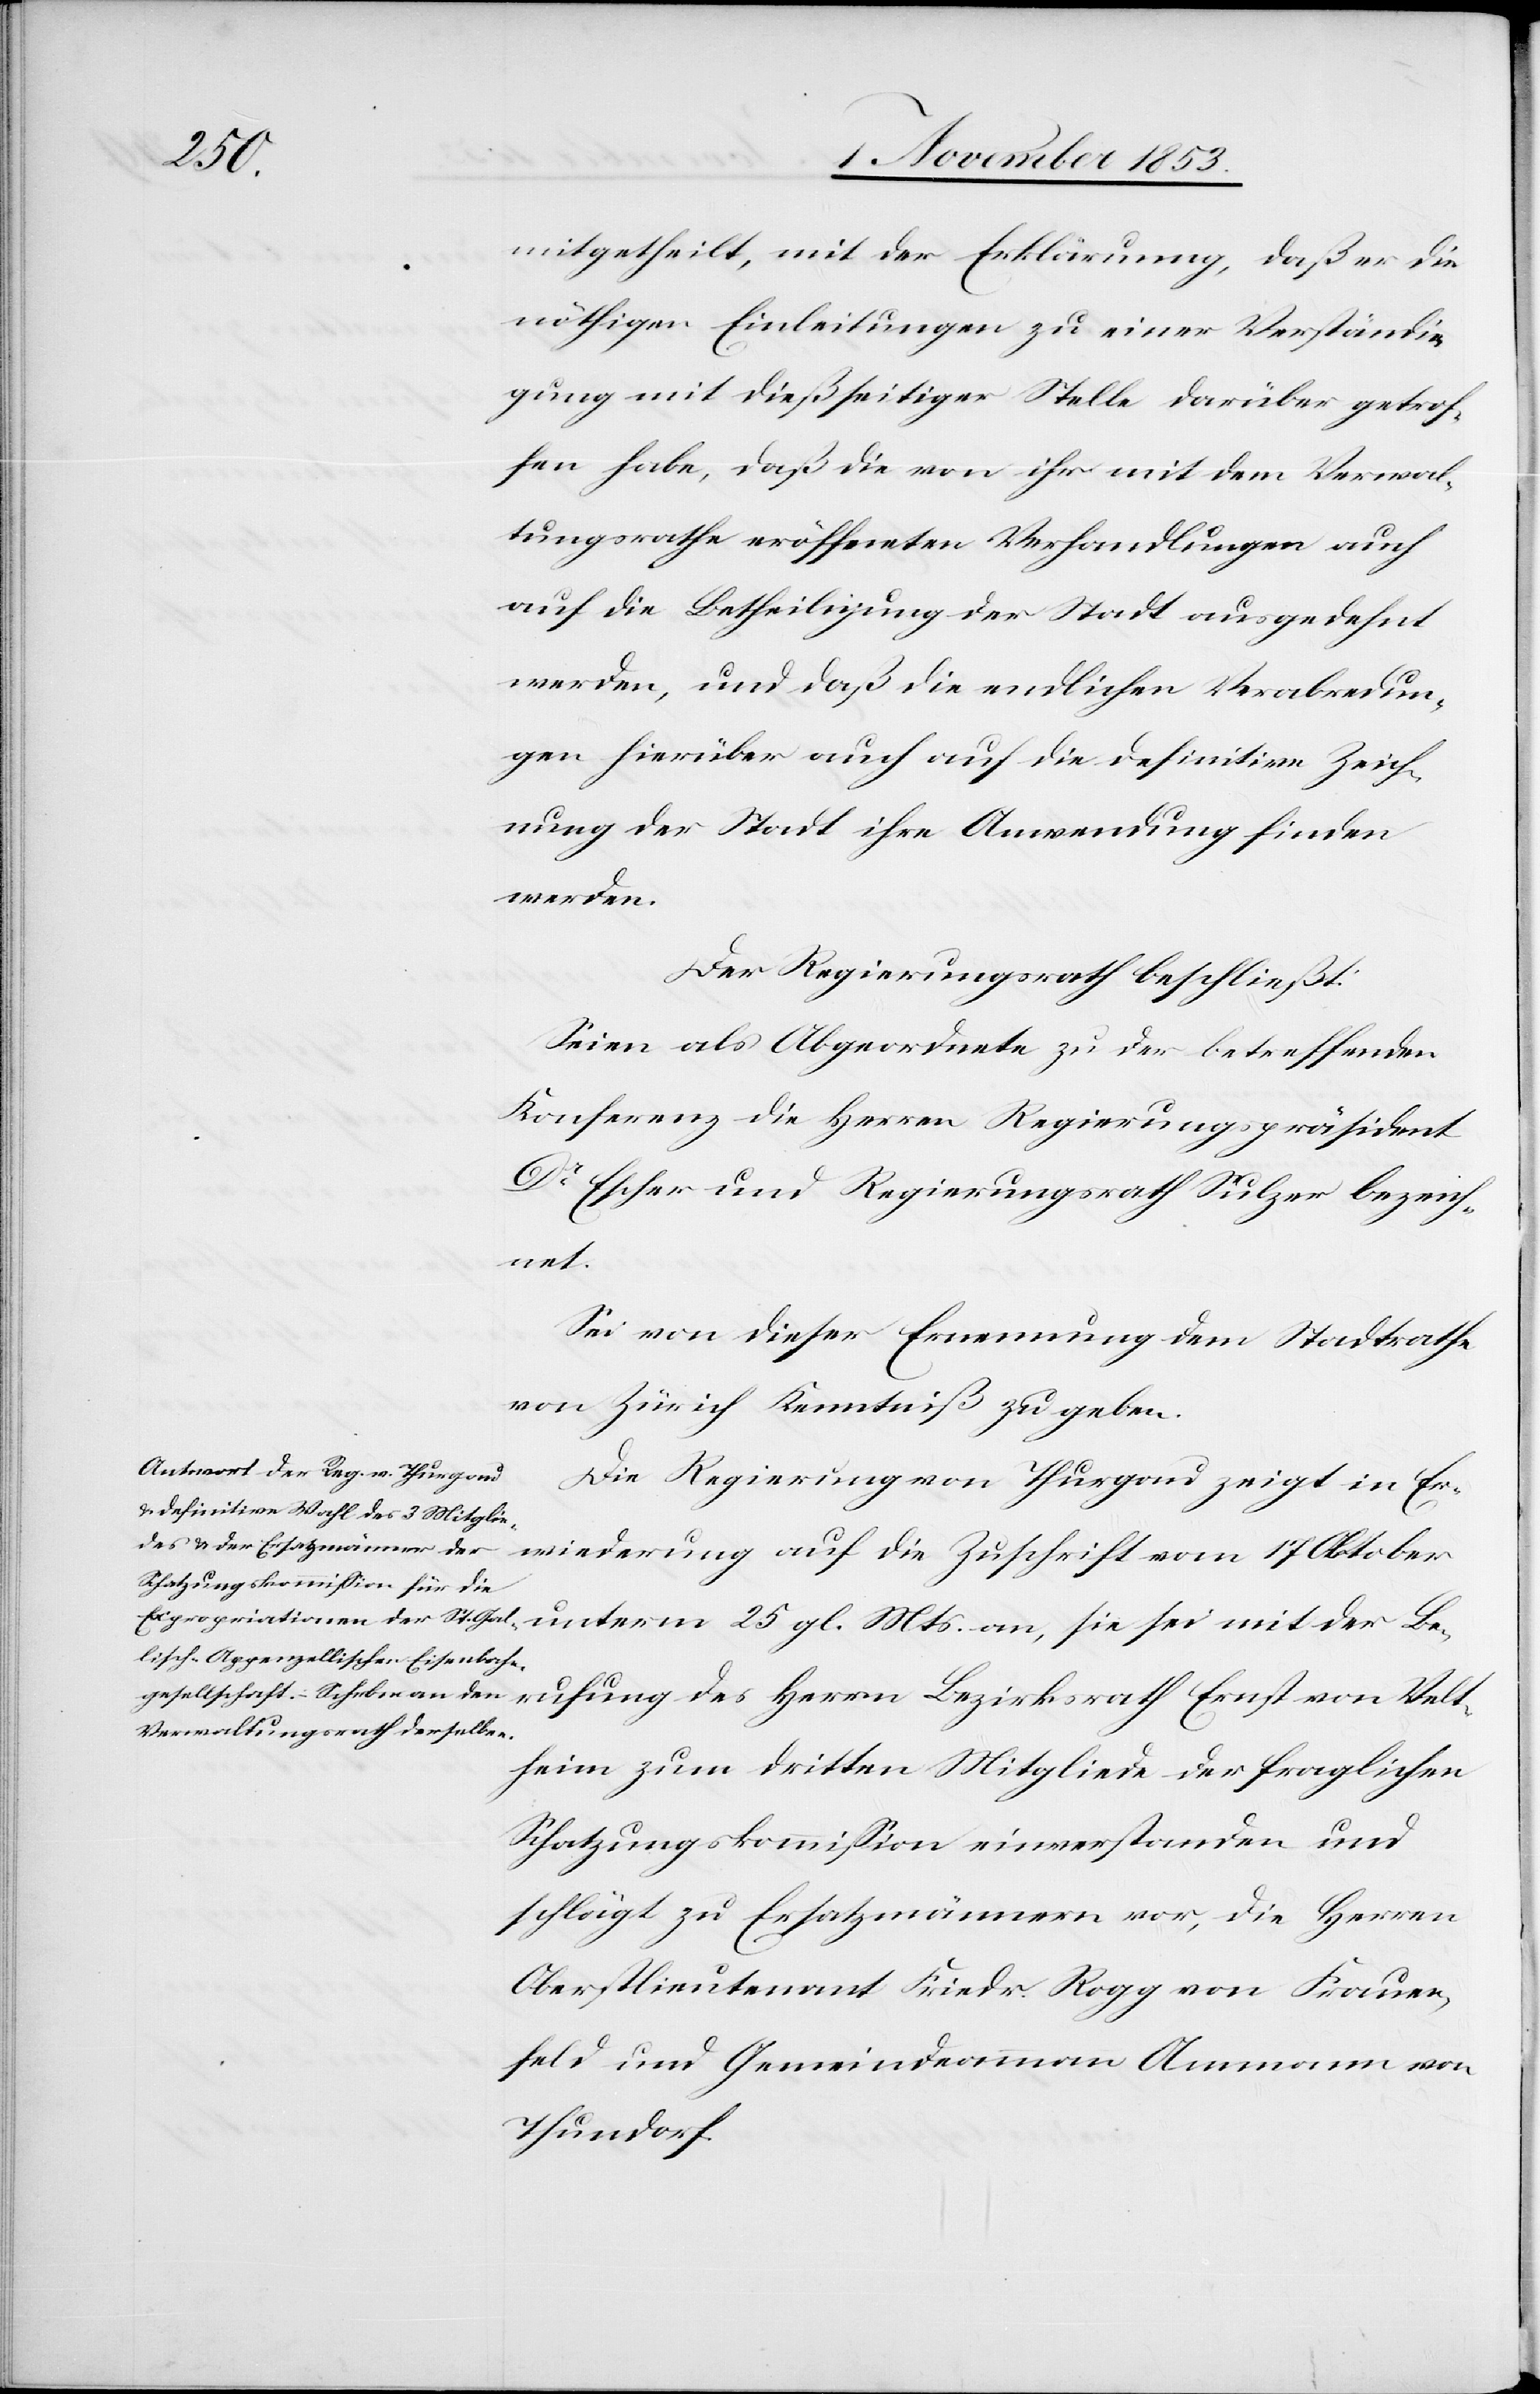
Velt¬

mitgetheilt, mit der Erklärung, daß er die
nöthigen Einleitungen zu einer Verständi¬
gung mit dießseitiger Stelle darüber getrof¬
fen habe, daß die von ihr mit dem Verwal¬
tungsrathe eröffneten Verhandlungen auch
auf die Betheiligung der Stadt ausgedehnt
werden, und daß die endlichen Verabredun¬
gen hierüber auch auf die definitive Zeich¬
nung der Stadt ihre Anwendung finden.
Der Regierungsrath beschließt:
Seien als Abgeordnete zu der betreffenden
Konferenz die Herren Regierungspräsident
Dr Escher und Regierungsrath Sulzer bezeich¬
net.
Sei von dieser Ernennung dem Stadtrathe
von Zürich Kenntniß zu geben.
Die Regierung von Thurgau zeigt in Er¬
heim zum dritten Mitgliede der fraglichen
Schatzungskommißion einverstanden und
schlägt zu Ersatzmännern vor, die Herrn
Oberstlieutnant Friedr. Rogg von Frauen¬
feld und Gemeindammann Ammann von
Thurdorf.